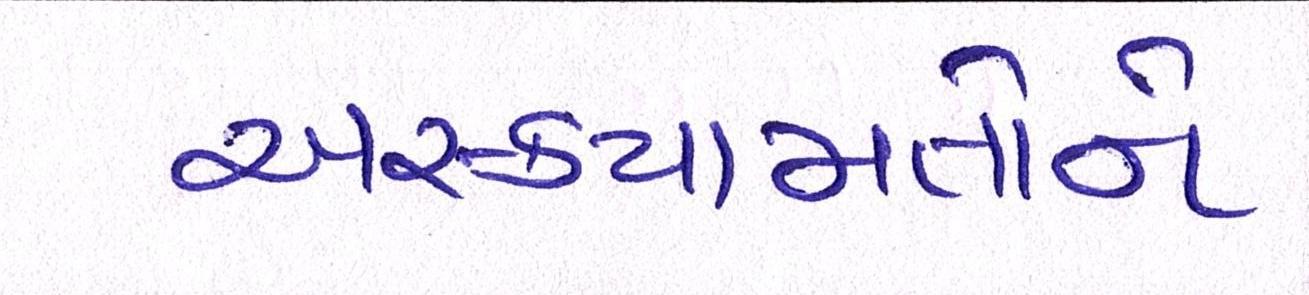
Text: અસ્કયામતોને